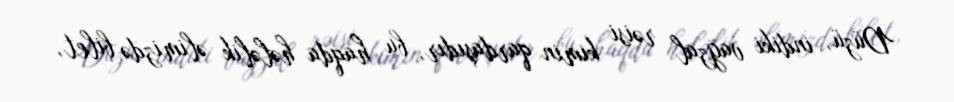
Düzü, indiki vağzal rəisi kimin qardaşıdır, bu haqda hələlik əlimizdə bilet,